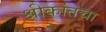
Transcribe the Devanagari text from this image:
श्रीकांतचा